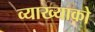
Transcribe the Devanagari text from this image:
व्याख्याको